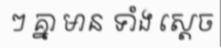
ៗ គ្នា មាន ទាំង ស្តេច